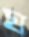
ঘ